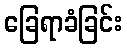
ခြေရာခံခြင်း